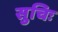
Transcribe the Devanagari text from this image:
सुचिः